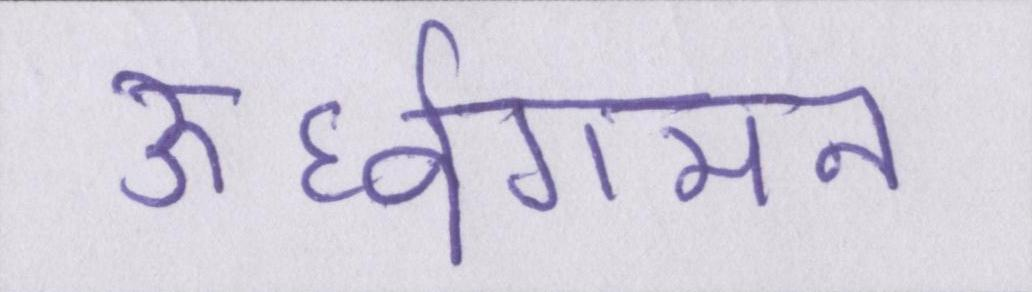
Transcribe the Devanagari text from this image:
ऊर्ध्वगमन